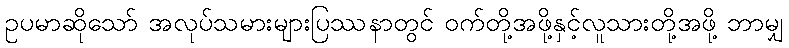
ဥပမာဆိုသော် အလုပ်သမားများပြဿနာတွင် ဝက်တို့အဖို့နှင့်လူသားတို့အဖို့ ဘာမျှ